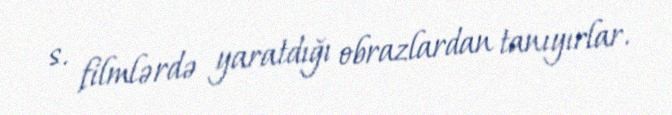
s. filmlərdə yaratdığı obrazlardan tanıyırlar.